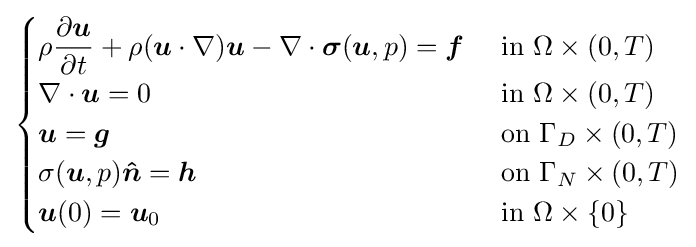
{\begin{cases}\rho {\dfrac {\partial {\boldsymbol {u}}}{\partial t}}+\rho ({\boldsymbol {u}}\cdot \nabla ){\boldsymbol {u}}-\nabla \cdot {\boldsymbol {\sigma }}({\boldsymbol {u}},p)={\boldsymbol {f}}&{\text{ in }}\Omega \times (0,T)\\\nabla \cdot {\boldsymbol {u}}=0&{\text{ in }}\Omega \times (0,T)\\{\boldsymbol {u}}={\boldsymbol {g}}&{\text{ on }}\Gamma _{D}\times (0,T)\\\sigma ({\boldsymbol {u}},p){\boldsymbol {\hat {n}}}={\boldsymbol {h}}&{\text{ on }}\Gamma _{N}\times (0,T)\\{\boldsymbol {u}}(0)={\boldsymbol {u}}_{0}&{\text{ in }}\Omega \times \{0\}\end{cases}}